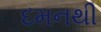
દમનથી